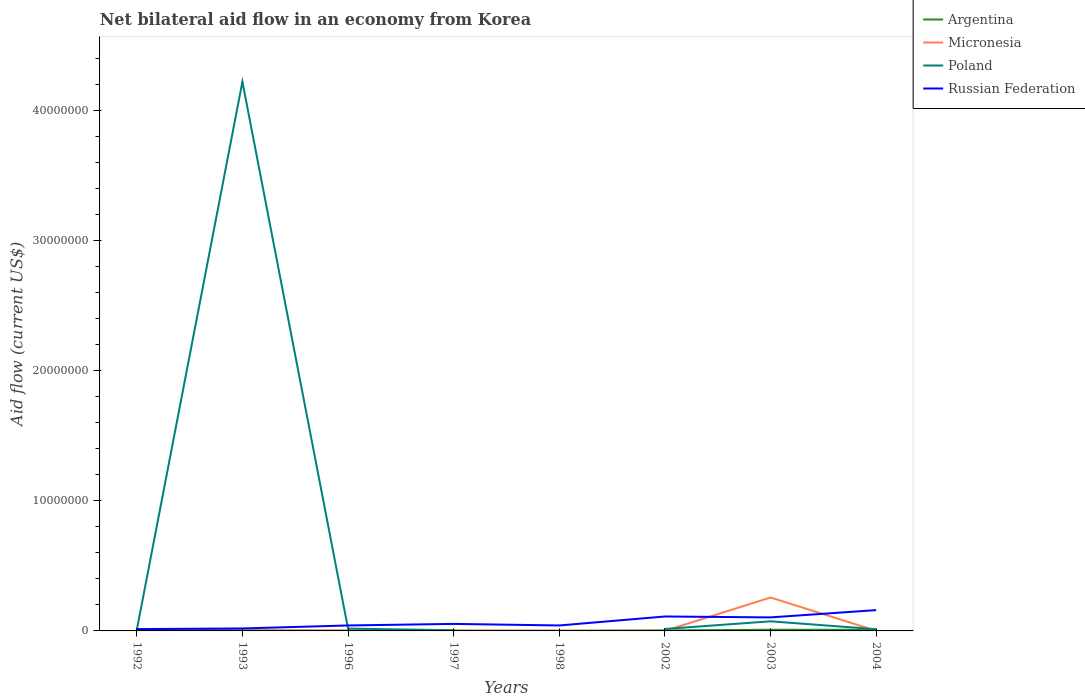
| Years | Argentina | Micronesia | Poland | Russian Federation |
 | --- | --- | --- | --- | --- |
 | 1992 | 1.2e+05 | 4e+04 | 7e+04 | 1.4e+05 |
 | 1993 | 5e+04 | 4e+04 | 4.22e+07 | 1.9e+05 |
 | 1996 | 1e+04 | 4e+04 | 1.8e+05 | 4.2e+05 |
 | 1997 | 2e+04 | 2e+04 | 5e+04 | 5.4e+05 |
 | 1998 | 1e+04 | 2e+04 | -2.73e+07 | 4.2e+05 |
 | 2002 | 4e+04 | 1e+04 | 1.5e+05 | 1.11e+06 |
 | 2003 | 9e+04 | 2.57e+06 | 7.4e+05 | 1.04e+06 |
 | 2004 | 9e+04 | 1e+04 | 1.3e+05 | 1.6e+06 |